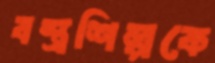
বস্ত্রশিল্পকে